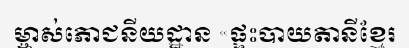
ម្ចាស់ភោជនីយដ្ឋាន «ផ្ទះបាយតានីខ្មែរ